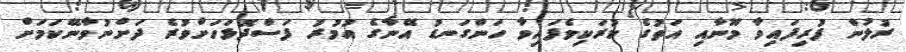
ރުލުން ފުރިފައިވާ މޫނާއި އަތުގެ ކުރަކިވެފައިވާ ހަންގަނޑު އޭނާގެ އުމުރު ފަސްދޮޅަހަށްވުރެ ދަށްނުވާނޭކަމަށް